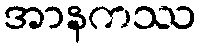
အာနကဿ